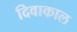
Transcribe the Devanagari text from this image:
दिवाकाल